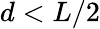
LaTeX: d<L/2